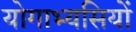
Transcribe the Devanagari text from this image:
योगाभ्यसियों